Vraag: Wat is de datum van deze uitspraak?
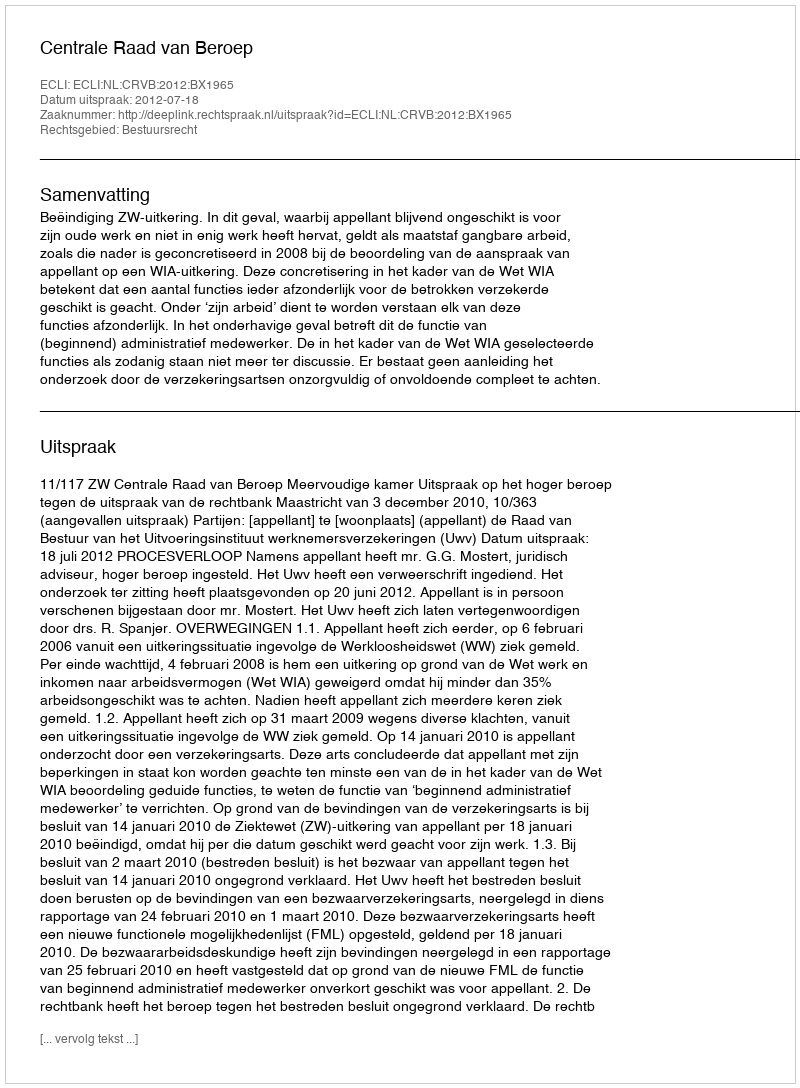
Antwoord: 2012-07-18